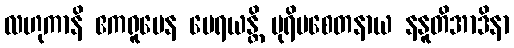
လဟုကာနိ ဧကရူပေန မေရယန္တိ ပုရိမစေတနာယ နနူတိအာဒိနာ